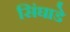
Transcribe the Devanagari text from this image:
सिंघाडे